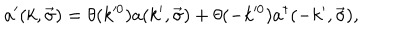
a ^ { \prime } ( k , \vec { \sigma } ) = \theta ( k ^ { \prime 0 } ) a ( k ^ { \prime } , \vec { \sigma } ) + \theta ( - k ^ { \prime 0 } ) a ^ { \dagger } ( - k ^ { \prime } , \vec { \sigma } ) ,